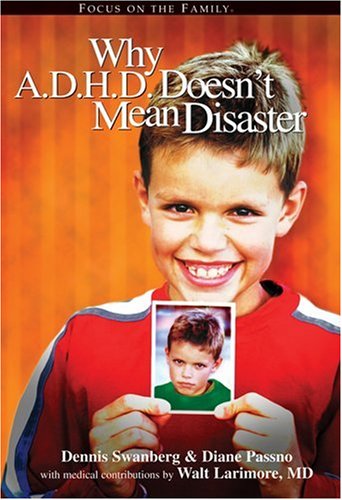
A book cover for Why A.D.H.D. Doesn't Mean Disaster; Dennis Swanberg; Parenting & Relationships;